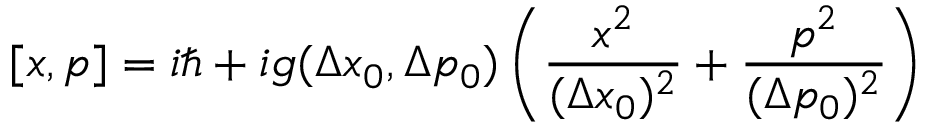
[ x , p ] = i \hbar + i g ( \Delta x _ { 0 } , \Delta p _ { 0 } ) \left( \frac { x ^ { 2 } } { ( \Delta x _ { 0 } ) ^ { 2 } } + \frac { p ^ { 2 } } { ( \Delta p _ { 0 } ) ^ { 2 } } \right)